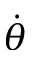
\dot { \theta }